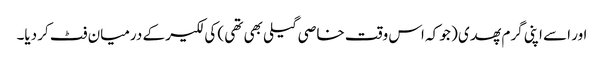
اور اسے اپنی گرم پھدی ( جو کہ اس وقت خاصی گیلی بھی تھی ) کی لکیر کے درمیان فٹ کر دیا۔